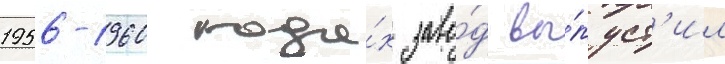
1956-1960 года́х заво́д вы́пуст'ил